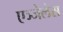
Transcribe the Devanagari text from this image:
एञ्जेलेस